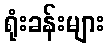
ရုံးခန်းများ